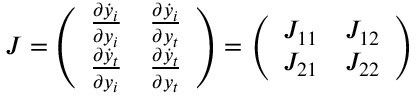
J = \left( \begin{array} { c c } { \frac { \partial \dot { y } _ { i } } { \partial y _ { i } } } & { \frac { \partial \dot { y } _ { i } } { \partial y _ { t } } } \\ { \frac { \partial \dot { y } _ { t } } { \partial y _ { i } } } & { \frac { \partial \dot { y } _ { t } } { \partial y _ { t } } } \end{array} \right) = \left( \begin{array} { c c } { J _ { 1 1 } } & { J _ { 1 2 } } \\ { J _ { 2 1 } } & { J _ { 2 2 } } \end{array} \right)